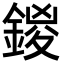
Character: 鍐